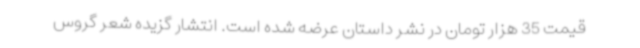
قیمت 35 هزار تومان در نشر داستان عرضه شده است. انتشار گزیده شعر گروس